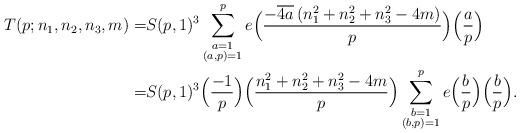
\begin{align*}T(p;n_1,n_2,n_3,m)=&S(p,1)^3\sum_{\substack{a=1\\(a,p)=1}}^pe\Big(\frac{-\overline{4a}\,(n_1^2+n_2^2+n_3^2-4m)}{p}\Big)\Big(\frac{a}{p}\Big)\\=&S(p,1)^3\Big(\frac{-1}{p}\Big)\Big(\frac{n_1^2+n_2^2+n_3^2-4m}{p}\Big)\sum_{\substack{b=1\\(b,p)=1}}^pe\Big(\frac{b}{p}\Big)\Big(\frac{b}{p}\Big).\end{align*}